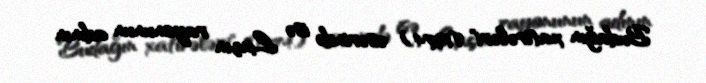
Budağın xatirələri" (1974) əsərində isə Laçın rayonunun adının